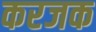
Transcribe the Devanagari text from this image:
करजक